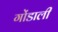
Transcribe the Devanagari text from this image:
गोंडाली